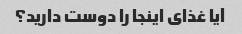
آیا غذای اینجا را دوست دارید؟